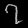
Digit: ၇